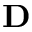
\mathbf { D }